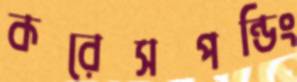
করেসপন্ডিং